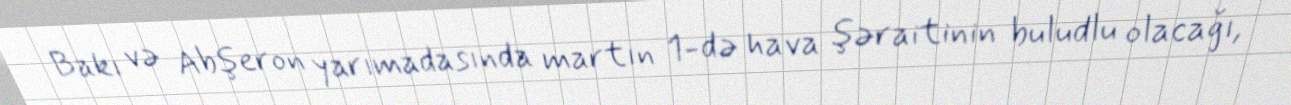
Bakı və Abşeron yarımadasında martın 1-də hava şəraitinin buludlu olacağı,